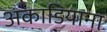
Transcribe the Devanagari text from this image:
अकाडियाना